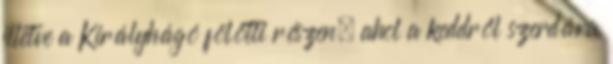
illetve a Királyhágó fölötti részen, ahol a keddről szerdára